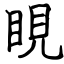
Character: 睍